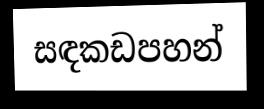
සඳකඩපහන්